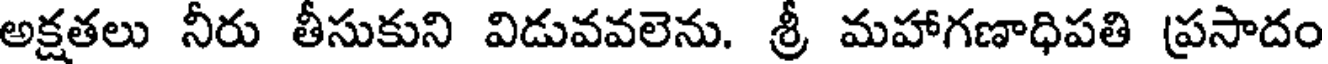
అక్షతలు నీరు తీసుకుని విడువవలెను. శ్రీ మహాగణాధిపతి ప్రసాదం